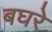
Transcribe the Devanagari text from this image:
बघरे